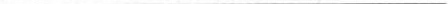
___